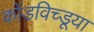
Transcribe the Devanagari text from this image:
कोंडविच्डूया